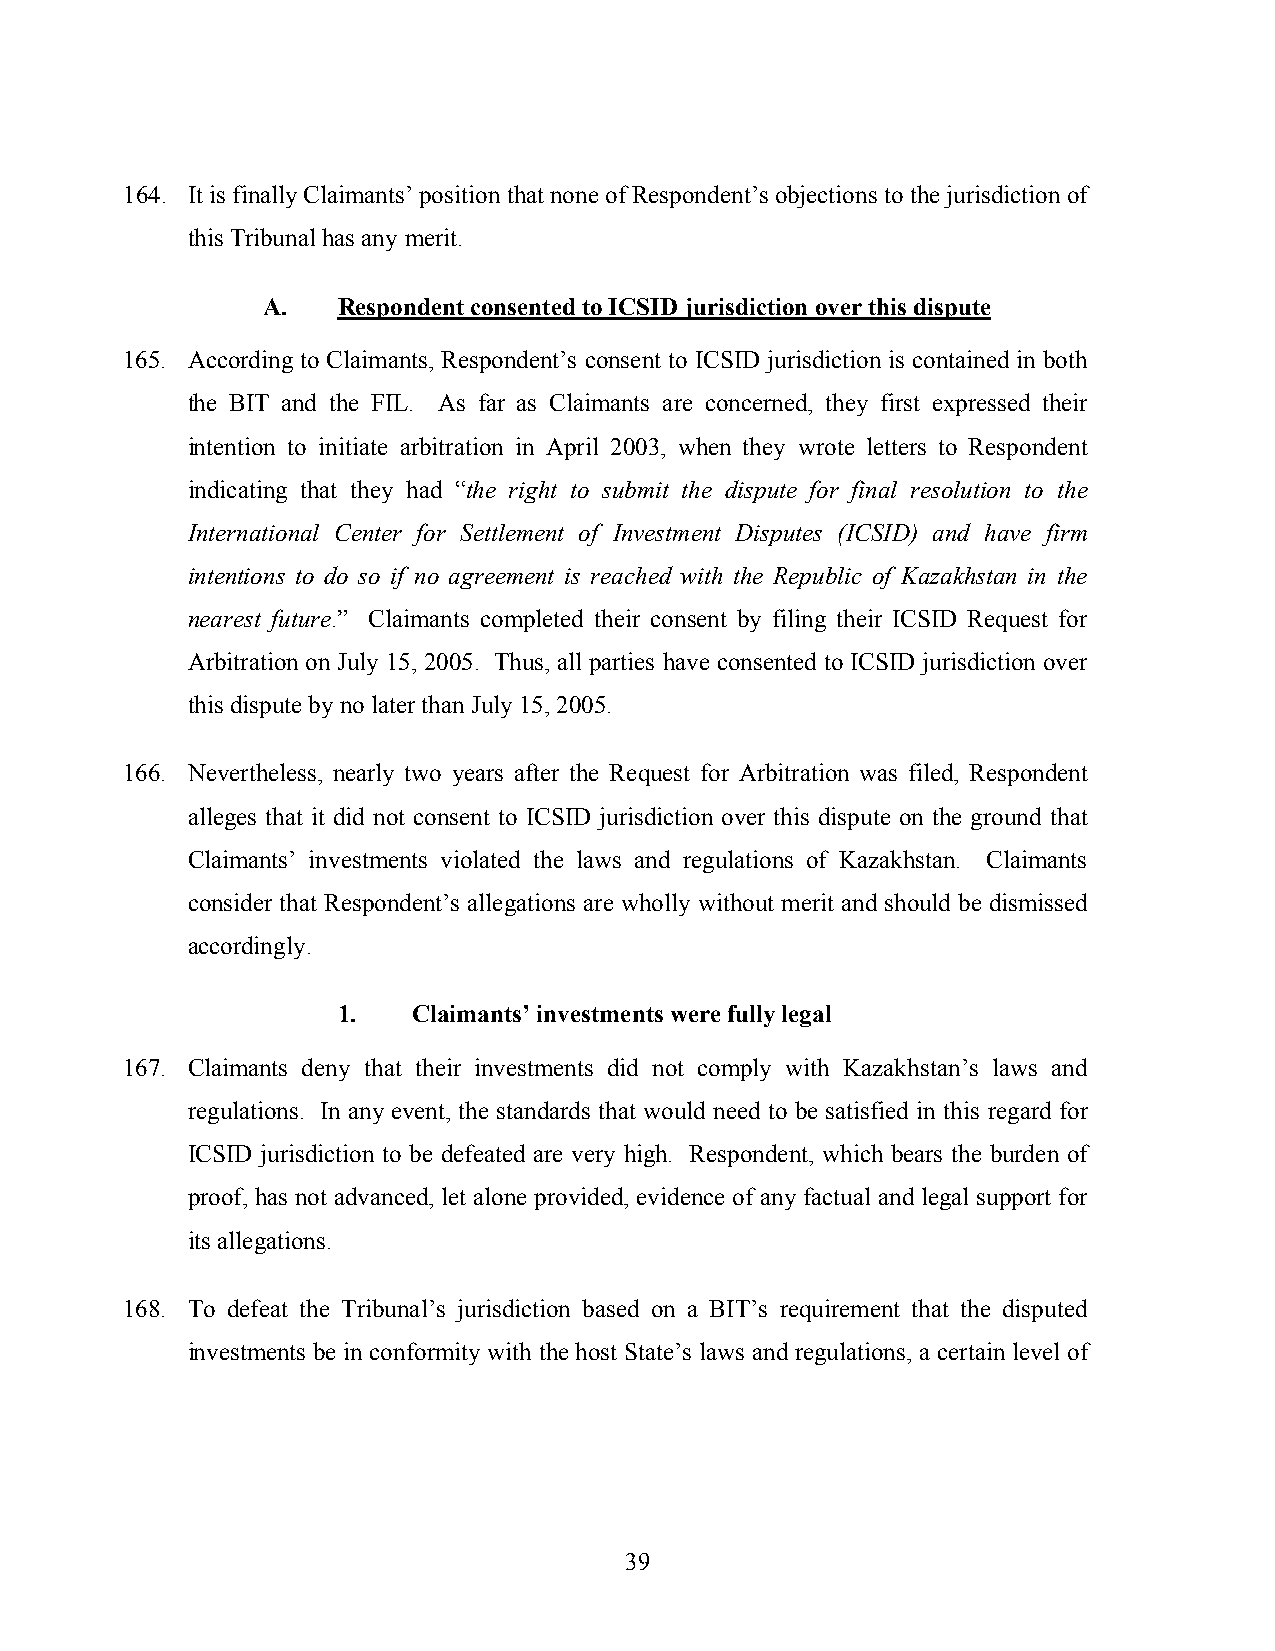
164. It is finally Claimants’ position that none of Respondent’s objections to the jurisdiction of
 this Tribunal has any merit.
 A.   Respondent consented to ICSID jurisdiction over this dispute
 165. According to Claimants, Respondent’s consent to ICSID jurisdiction is contained in both
 the BIT and the FIL. As far as Claimants are concerned, they first expressed their
 intention to initiate arbitration in April 2003, when they wrote letters to Respondent
 indicating that they had “the right to submit the dispute for final resolution to the
 International Center for Settlement of Investment Disputes (ICSID) and have firm
 intentions to do so if no agreement is reached with the Republic of Kazakhstan in the
 nearest future.” Claimants completed their consent by filing their ICSID Request for
 Arbitration on July 15, 2005. Thus, all parties have consented to ICSID jurisdiction over
 this dispute by no later than July 15, 2005.
 166. Nevertheless, nearly two years after the Request for Arbitration was filed, Respondent
 alleges that it did not consent to ICSID jurisdiction over this dispute on the ground that
 Claimants’ investments violated the laws and regulations of Kazakhstan. Claimants
 consider that Respondent’s allegations are wholly without merit and should be dismissed
 accordingly.
 1.   Claimants’ investments were fully legal
 167. Claimants deny that their investments did not comply with Kazakhstan’s laws and
 regulations. In any event, the standards that would need to be satisfied in this regard for
 ICSID jurisdiction to be defeated are very high. Respondent, which bears the burden of
 proof, has not advanced, let alone provided, evidence of any factual and legal support for
 its allegations.
 168. To defeat the Tribunal’s jurisdiction based on a BIT’s requirement that the disputed
 investments be in conformity with the host State’s laws and regulations, a certain level of
 39